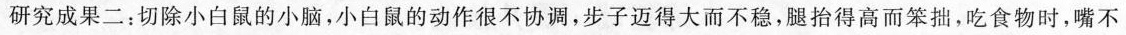
研究成果二：切除小白鼠的小脑，小白鼠的动作很不协调，步子迈得大而不稳，腿抬得高而笨拙，吃食物时，嘴不